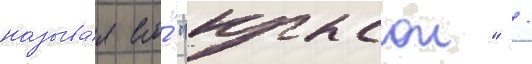
называ́я его́ "крысои" /